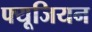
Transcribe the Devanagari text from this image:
फ्यूजियन